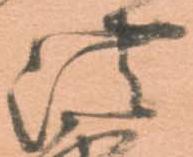
法